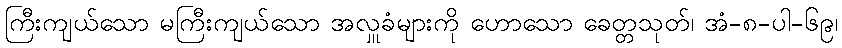
ကြီးကျယ်သော မကြီးကျယ်သော အလှူခံများကို ဟောသော ခေတ္တသုတ်၊ အံ-၈-ပါ-၆၉၊